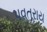
પવતરાય